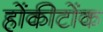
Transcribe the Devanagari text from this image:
होंकीटोंक